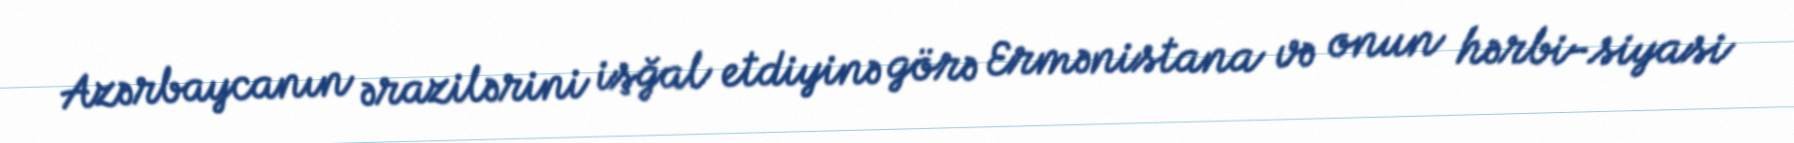
Azərbaycanın ərazilərini işğal etdiyinə görə Ermənistana və onun hərbi-siyasi